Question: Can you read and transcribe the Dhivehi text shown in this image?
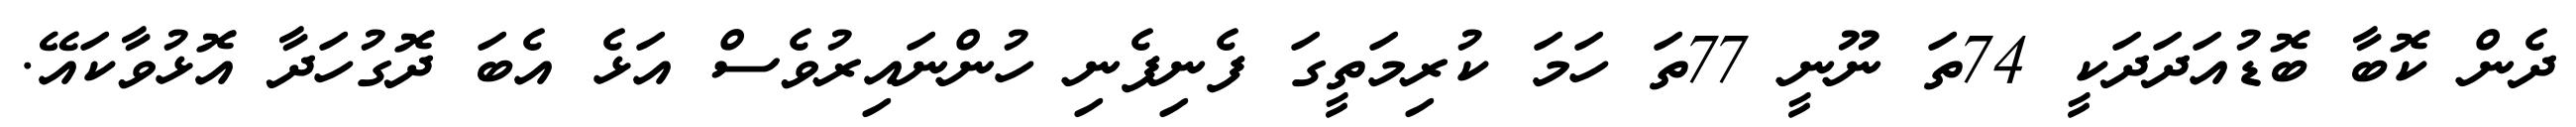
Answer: ދެން ކޮބާ ބޮޑުއަދަދަކީ 74ތަ ނޫނީ 77ތަ ހަމަ ކުރިމަތީގަ ފެނިފެނި ހުންނައިރުވެސް އަޅެ އެބަ ދޮގުހަދާ އޮޅުވާކައޭ.